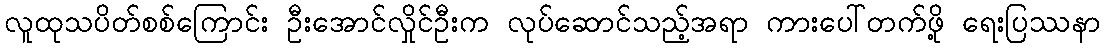
လူထုသပိတ်စစ်ကြောင်း ဦးအောင်လှိုင်ဦးက လုပ်ဆောင်သည့်အရာ ကားပေါ်တက်ဖို့ ရေးပြဿနာ